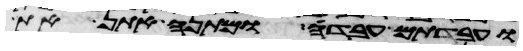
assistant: ועבדתם עבדת מתנה אתן את